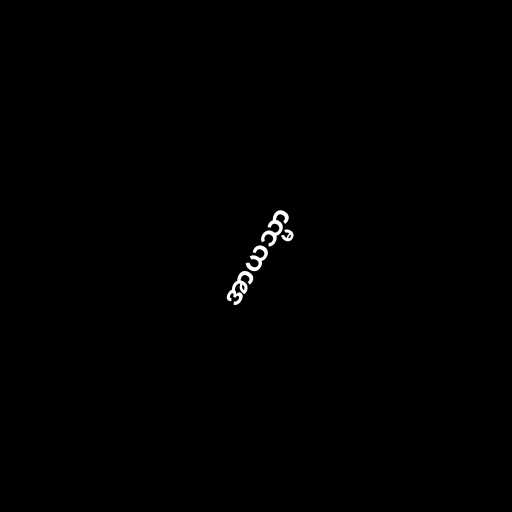
အာယသ္မာ